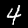
Label: 4